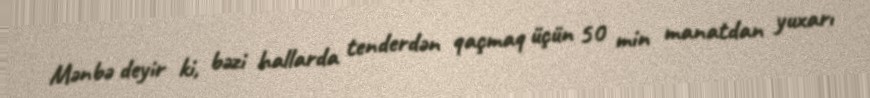
Mənbə deyir ki, bəzi hallarda tenderdən qaçmaq üçün 50 min manatdan yuxarı